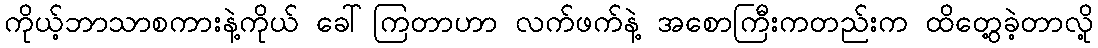
ကိုယ့်ဘာသာစကားနဲ့ကိုယ် ခေါ်ကြတာဟာ လက်ဖက်နဲ့ အစောကြီးကတည်းက ထိတွေ့ခဲ့တာလို့